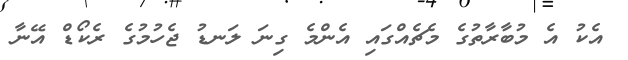
އެކު އެ މުބާރާތުގެ މެޗެއްގައި އެންމެ ގިނަ ލަނޑު ޖެހުމުގެ ރެކޯޑް އޭނާ